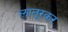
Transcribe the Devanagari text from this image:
लातूरकर